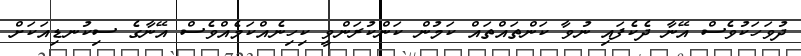
ދުވަހަކުވެސް އޭނާ ދެކެފައި ނުވާ ކަންތައްތައް ކަމުން ކަންކުރަންވީ ކިހިނެއްކަމެއްވެސް އޭނާގެ ސިކުނޑިއަކަށް